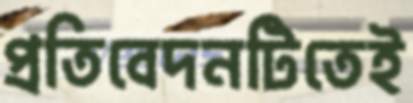
প্রতিবেদনটিতেই